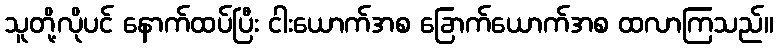
သူတို့လိုပင် နောက်ထပ်ပြီး ငါးယောက်အစ ခြောက်ယောက်အစ ထလာကြသည်။